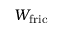
W _ { \mathrm { f r i c } }